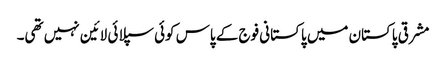
مشرقی پاکستان میں پاکستانی فوج کے پاس کوئی سپلائی لائین نہیں تھی۔